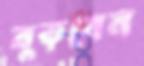
বুড়বেন